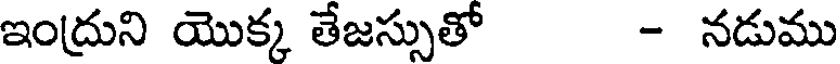
ఇంద్రుని యొక్క తేజస్సుతో - నడుము